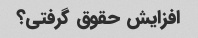
افزایش حقوق گرفتی؟